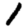
Digit: 1